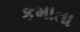
કમાતા